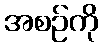
အစဉ်ကို